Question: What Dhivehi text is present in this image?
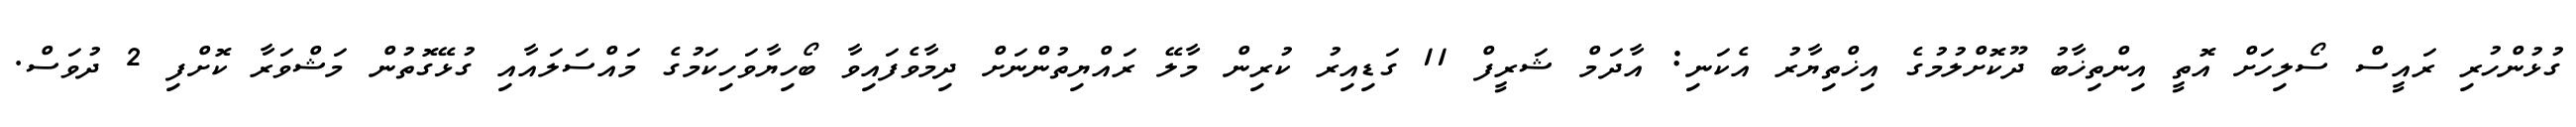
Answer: ގުޅުންހުރި ރައީސް ސޯލިހަށް އޮތީ އިންތިޚާބު ދޫކޮށްލުމުގެ އިޚްތިޔާރު އެކަނި: އާދަމް ޝަރީފް 11 ގަޑިއިރު ކުރިން މާލޭ ރައްޔިތުންނަށް ދިމާވެފައިވާ ބޯހިޔާވަހިކަމުގެ މައްސަލައާއި ގުޅޭގޮތުން މަޝްވަރާ ކޮށްފި 2 ދުވަސް.